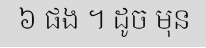
៦ ផង ។ ដូច មុន